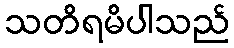
သတိရမိပါသည်